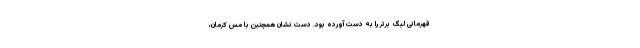
قهرمانی لیگ برتر را به دست آورده بود. دست نشان همچنین با مس کرمان،